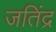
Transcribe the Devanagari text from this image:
जतिंद्र